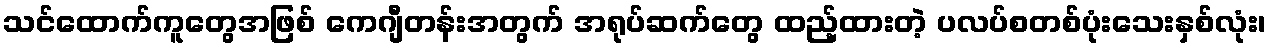
သင်ထောက်ကူတွေအဖြစ် ကေဂျီတန်းအတွက် အရုပ်ဆက်တွေ ထည့်ထားတဲ့ ပလပ်စတစ်ပုံးသေးနှစ်လုံး၊